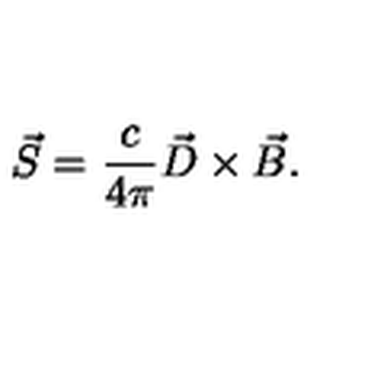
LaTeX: \vec { S } = \frac { c } { 4 \pi } \vec { D } \times \vec { B } .